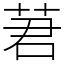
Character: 莙